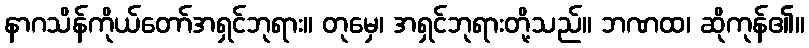
နာဂသိန်ကိုယ်တော်အရှင်ဘုရား။ တုမှေ၊ အရှင်ဘုရားတို့သည်။ ဘဏထ၊ ဆိုကုန်၏။